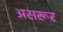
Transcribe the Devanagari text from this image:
असरूर